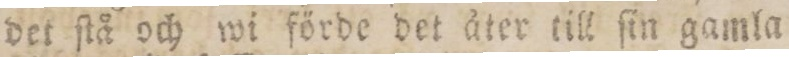
det ſtå och wi förde det åter till ſin gamla